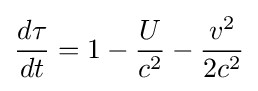
{\frac {d\tau }{dt}}=1-{\frac {U}{c^{2}}}-{\frac {v^{2}}{2c^{2}}}